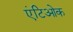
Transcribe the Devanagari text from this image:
एंटिओक